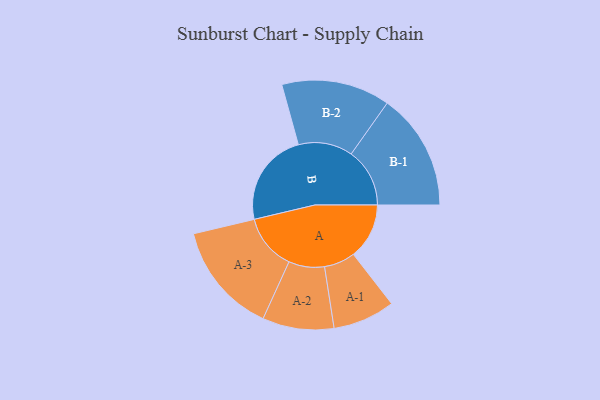
{"axis": {"x": "Segment", "y": "Value"}, "legend": ["", "A", "B"], "data": [{"x": "A", "y": 264, "type": ""}, {"x": "B", "y": 445, "type": ""}, {"x": "A-1", "y": 147, "type": "A"}, {"x": "A-2", "y": 169, "type": "A"}, {"x": "A-3", "y": 264, "type": "A"}, {"x": "B-1", "y": 277, "type": "B"}, {"x": "B-2", "y": 257, "type": "B"}]}